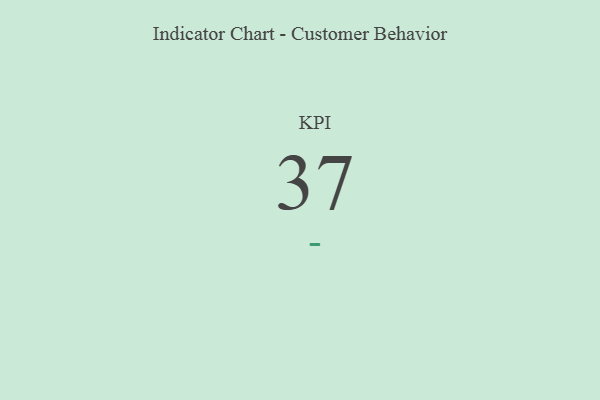
{"axis": {"x": "KPI", "y": "Value"}, "legend": [""], "data": [{"x": "KPI", "y": 37, "type": ""}]}